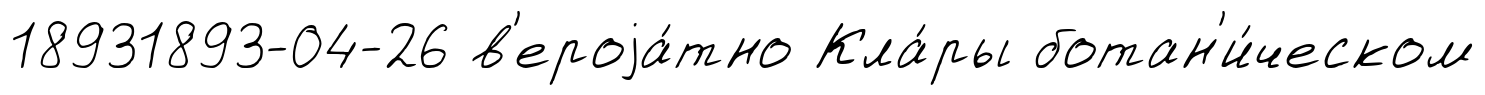
18931893-04-26 в'ероjа́тно Кла́ры ботан'и́ческом